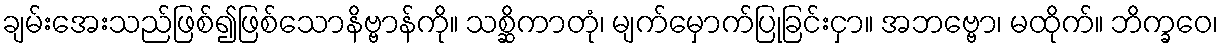
ချမ်းအေးသည်ဖြစ်၍ဖြစ်သောနိဗ္ဗာန်ကို။ သစ္ဆိကာတုံ၊ မျက်မှောက်ပြုခြင်းငှာ။ အဘဗ္ဗော၊ မထိုက်။ ဘိက္ခဝေ၊